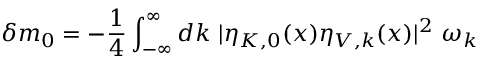
\delta m _ { 0 } = - \frac { 1 } { 4 } \int _ { - \infty } ^ { \infty } d k ~ | \eta _ { K , 0 } ( x ) \eta _ { V , k } ( x ) | ^ { 2 } ~ \omega _ { k }